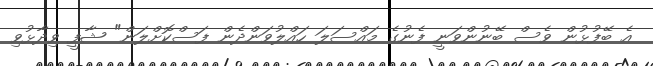
އެ ބޭފުޅުން ވެސް ބޭނުންވަނީ ފެނުގެ މައްސަލަ ހައްލުވަންދެން ފަސްކޮށްލަން" ޝާފީ ވިދާޅުވި